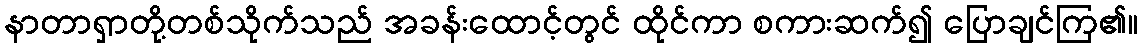
နာတာရှာတို့တစ်သိုက်သည် အခန်းထောင့်တွင် ထိုင်ကာ စကားဆက်၍ ပြောချင်ကြ၏။